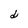
Character: d